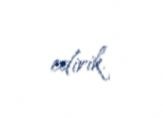
edirik.